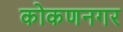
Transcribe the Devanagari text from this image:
कोकणनगर